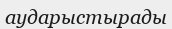
аударыстырады